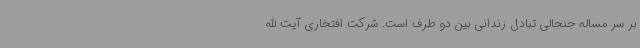
بر سر مساله جنجالی تبادل زندانی بین دو طرف است. شرکت افتخاری آیت الله